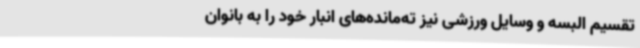
تقسیم البسه و وسایل ورزشی نیز ته‌مانده‌های انبار خود را به بانوان